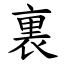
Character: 裏